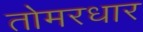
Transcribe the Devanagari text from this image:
तोमरधार